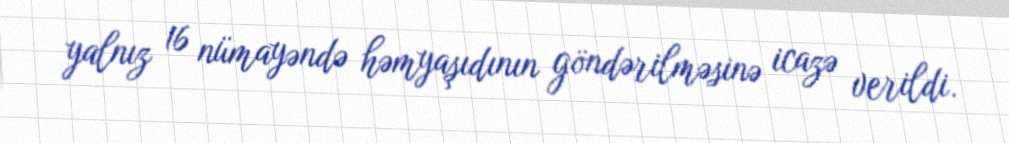
yalnız 16 nümayəndə həmyaşıdının göndərilməsinə icazə verildi.